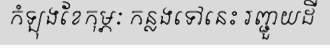
កំឡុងខែកុម្ភៈ កន្លងទៅនេះ រញ្ជួយដី